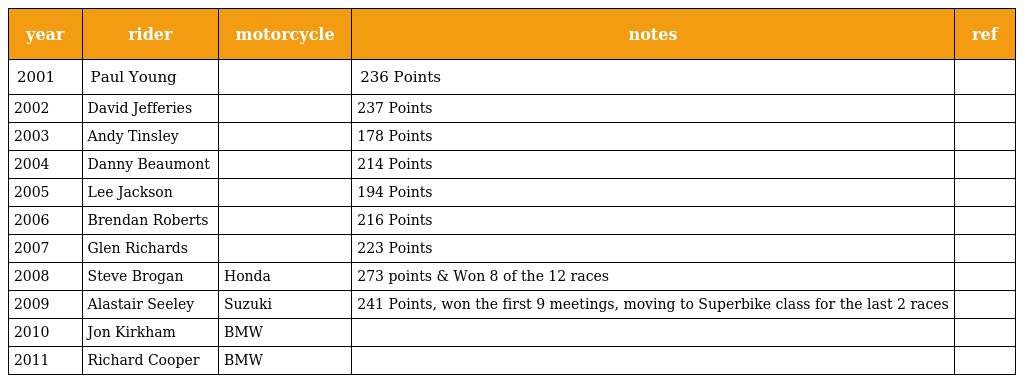
| year | rider | motorcycle | notes | ref |
 | --- | --- | --- | --- | --- |
 | 2001 | Paul Young |  | 236 Points |  |
 | 2002 | David Jefferies |  | 237 Points |  |
 | 2003 | Andy Tinsley |  | 178 Points |  |
 | 2004 | Danny Beaumont |  | 214 Points |  |
 | 2005 | Lee Jackson |  | 194 Points |  |
 | 2006 | Brendan Roberts |  | 216 Points |  |
 | 2007 | Glen Richards |  | 223 Points |  |
 | 2008 | Steve Brogan | Honda | 273 points & Won 8 of the 12 races |  |
 | 2009 | Alastair Seeley | Suzuki | 241 Points, won the first 9 meetings, moving to Superbike class for the last 2 races |  |
 | 2010 | Jon Kirkham | BMW |  |  |
 | 2011 | Richard Cooper | BMW |  |  |